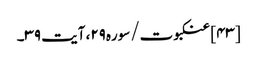
[۴۳] عنکبوت/سوره۲۹، آیت ۳۹۔